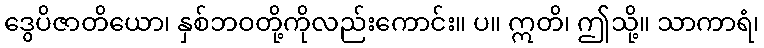
ဒွေပိဇာတိယော၊ နှစ်ဘဝတို့ကိုလည်းကောင်း။ ပ။ ဣတိ၊ ဤသို့။ သာကာရံ၊